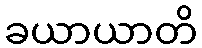
ခယာယာတိ